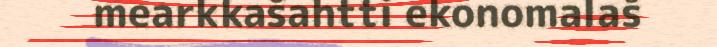
mearkkašahtti ekonomalaš